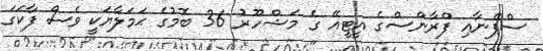
ސްޕޭނާއި ފްރާންސްގެ އީޓީއޭ ގެ މަޝްހޫރު 36 ބޮމުގެ ޙަމަލާޔަކީ ވެސް ފާކަގަ